Note on the mental hospitals in Burma - 1925-1940
Year: 1925
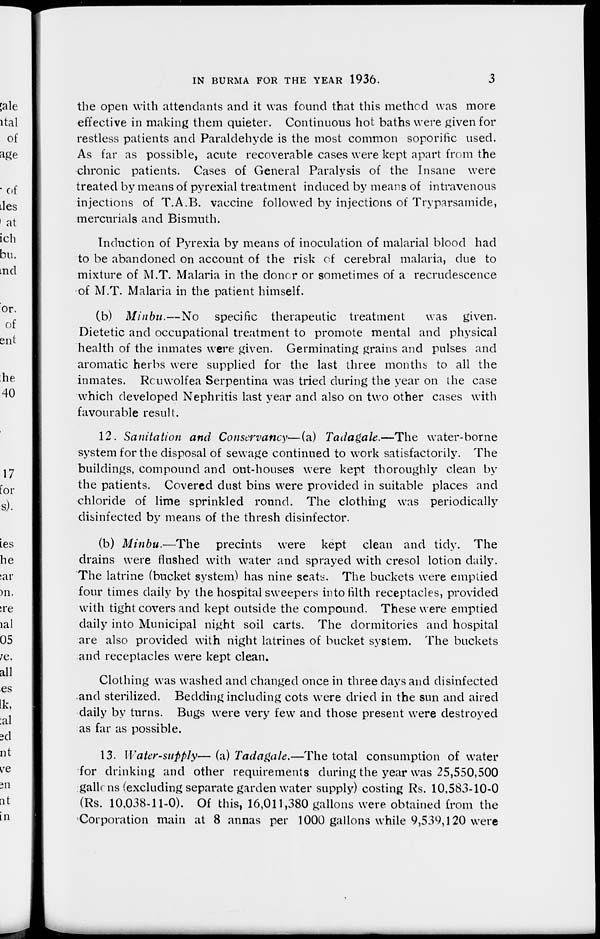
IN BURMA FOR THE YEAR 1936.
3
the open with attendants and it was found that this method was more
effective in making them quieter. Continuous hot baths were given for
restless patients and Paraldehyde is the most common soporific used.
As far as possible, acute recoverable cases were kept apart from the
chronic patients. Cases of General Paralysis of the Insane were
treated by means of pyrexial treatment induced by means of intravenous
injections of T.A.B. vaccine followed by injections of Tryparsamide,
mercurials and Bismuth.
Induction of Pyrexia by means of inoculation of malarial blood had
to be abandoned on account of the risk of cerebral malaria, due to
mixture of M.T. Malaria in the donor or sometimes of a recrudescence
of M.T. Malaria in the patient himself.
(b) Minbu.—No
specific therapeutic treatment
was given.
Dietetic and occupational treatment to promote mental and physical
health of the inmates were given. Germinating grains and pulses and
aromatic herbs were supplied for the last three months to all the
inmates. Rouwolfea Serpentina was tried during the year on the case
which developed Nephritis last year and also on two other cases with
favourable result.
12. Sanitation and Conservancy—(a) Tadagale.—The water-borne
system for the disposal of sewage continued to work satisfactorily. The
buildings, compound and out-houses were kept thoroughly clean by
the patients. Covered dust bins were provided in suitable places and
chloride of lime sprinkled round. The clothing was periodically
disinfected by means of the thresh disinfector.
(b) Minbu.—The
precints were kept clean and tidy. The
drains were flushed with water and sprayed with cresol lotion daily.
The latrine (bucket system) has nine seats. The buckets were emptied
four times daily by the hospital sweepers into fifth receptacles, provided
with tight covers and kept outside the compound. These were emptied
daily into Municipal night soil carts. The dormitories and hospital
are also provided with night latrines of bucket system. The buckets
and receptacles were kept clean.
Clothing was washed and changed once in three days and disinfected
and sterilized. Bedding including cots were dried in the sun and aired
daily by turns. Bugs were very few and those present were destroyed
as far as possible.
13. Water-supply—(a) Tadagale.—The total consumption of water
for drinking and other requirements during the year was 25,550,500
gallons (excluding separate garden water supply) costing Rs. 10,583-10-0
(Rs. 10,038-11-0). Of this, 16,011,380 gallons were obtained from the
Corporation main at 8 annas per 1000 gallons while 9,539,120 were